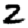
Digit: 2